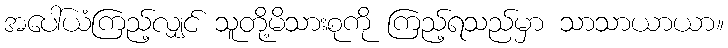
အပေါ်ယံကြည့်လျှင် သူတို့မိသားစုကို ကြည့်ရသည်မှာ သာသာယာယာ။